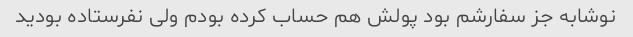
نوشابه جز سفارشم بود پولش هم حساب کرده بودم ولی نفرستاده بودید